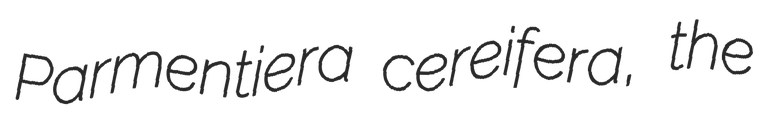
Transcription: Parmentiera cereifera, the